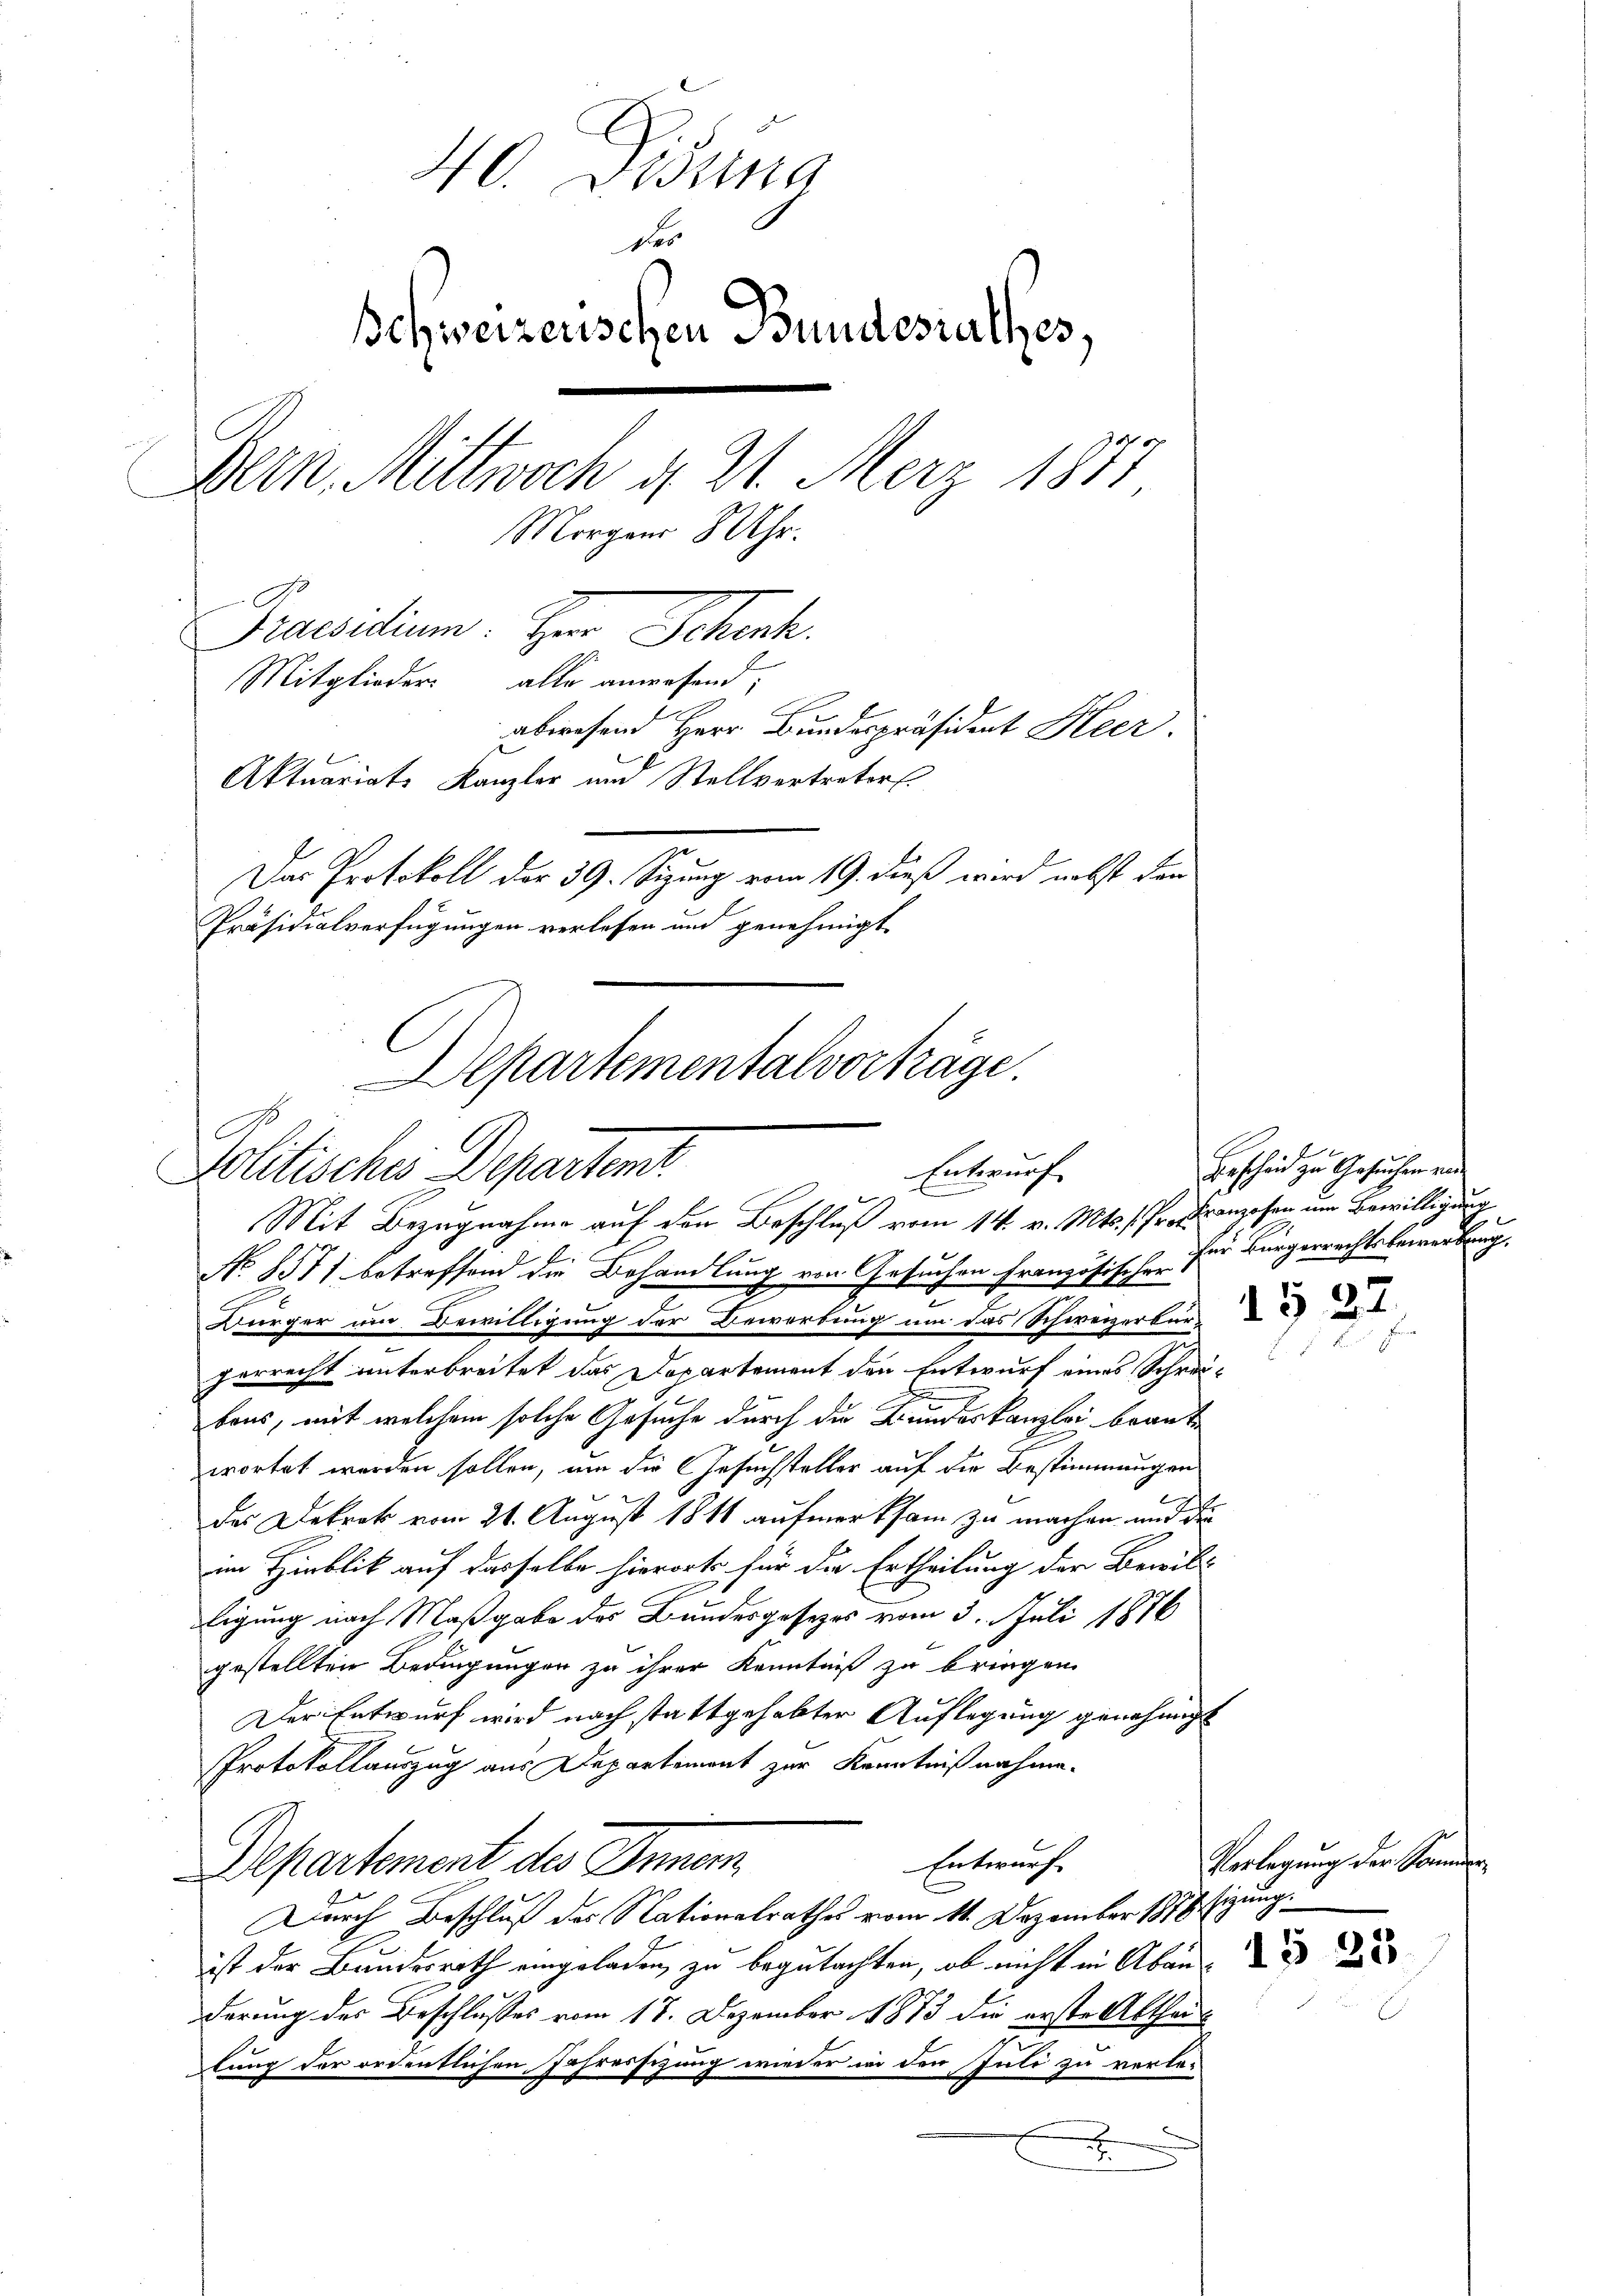
40. Disung
d
Ichweizerischen Bundesrathes,
Bern, Mittwoch d. 21. Merz 1873
Morgens 8 Uhr.
Praedium. Im Schart.
Mitglieder alle anwesend,
abwesend Herr Bundespräsident Heer.
Aktuariats Kanzler und Stellvertreter.
Das Protokoll der 39. Sizung vom 19. dieß wird nebst den
Präsidialverfügungen verlesen und genehmigt
Departementalvorträge.

Entwurf
Politisches Departen.

Mit Bezugnahme auf den Beschluß vom 14. v. Mts. /Pr. Excenzosen um Bewilligung
No 8571 betreffend die Behandlung von Gesuchen Französischer
Bürger um Bewilligung der Bewerbung um das Schweizerbür
perrecht unterbreitet das Departement den Entwurf eines Schreibons, mit welchem solche Gesuche durch die Bundeskanzlei beantwortet werden sollen, um die Gesuchsteller auf die Bestimmungen
2
des Dekret vom 21. August 1811 aufmerksam zu machen und die
im Hinblik auf dasselbe hierorts für die Ertheilung der Bewilligung nach Maßgabe des Bundesgesetzes vom 3. Juli 1876
gestellten Bedingungen zu ihrer Kenntniß zu bringen.
Der Entwurf wird nach stattgehabter Auflegung genehmigt
Protokollauszug aus Departement zur Kenntnißnahme.
Entwurf
Departement des Inner
Durch Beschluß des Nationalrathes vom 11. Dezember 1878 sizung
ist der Bundesrath eingeladen, zu begutachten, ob nicht in Abend d
derung des Beschlusses vom 17. Dezember 1873 die erste Abthe
lung der ordentlichen Jahressizung wieder in den Inti zu verler
x

Bescheid zu Gesuchen und
für Bürgerrechtsbewerbung.

Verlegung der Sommen